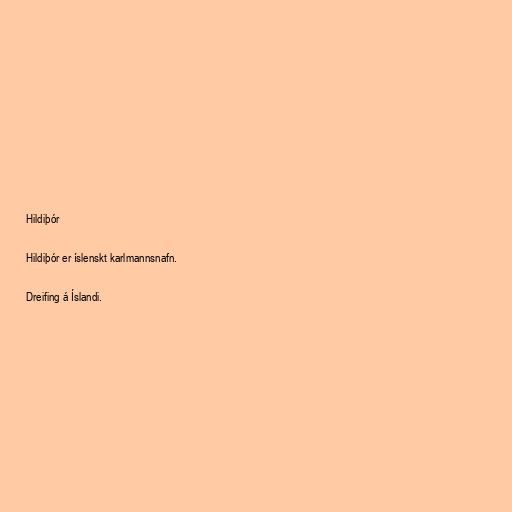
Hildiþór

Hildiþór er íslenskt karlmannsnafn.

Dreifing á Íslandi.